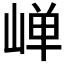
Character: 𮱯